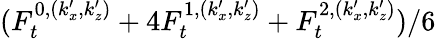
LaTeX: (F_{t}^{0,(k_{x}^{\prime},k_{z}^{\prime})}+4F_{t}^{1,(k_{x}^{\prime},k_{z}^{\prime})}+F_{t}^{2,(k_{x}^{\prime},k_{z}^{\prime})})/6